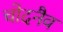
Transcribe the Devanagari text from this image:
चोदनैव